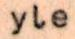
yle